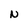
Character: N